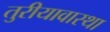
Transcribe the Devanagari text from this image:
तुरीयावास्था